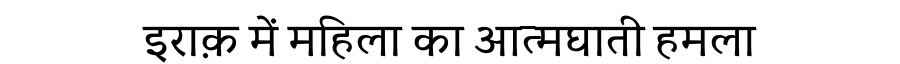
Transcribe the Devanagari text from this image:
इराक़ में महिला का आत्मघाती हमला